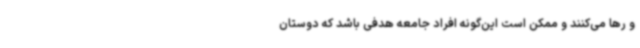
و رها می‌کنند و ممکن است این‌گونه افراد جامعه هدفی باشد که دوستان